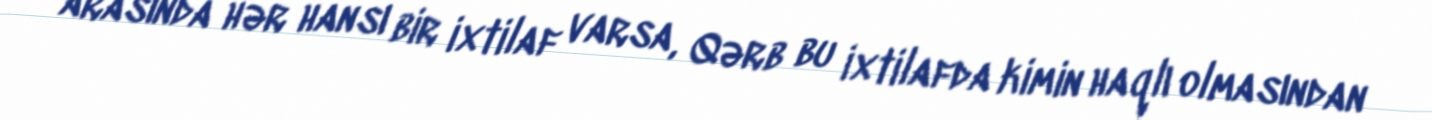
arasında hər hansı bir ixtilaf varsa, Qərb bu ixtilafda kimin haqlı olmasından